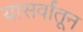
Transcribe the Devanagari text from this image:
यासर्वांतून